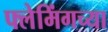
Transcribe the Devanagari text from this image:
फ्लेमिंगच्या